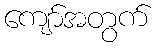
ကျော်အတွက်